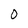
Character: O